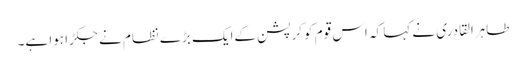
طاہرالقادری نے کہا کہ اس قوم کوکرپشن کےایک بڑے نظام نے جکڑا ہوا ہے۔